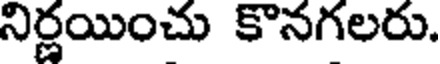
నిర్ణయించు కొనగలరు.